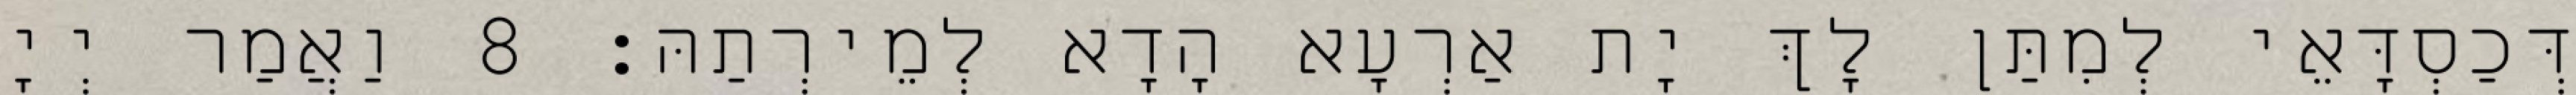
דְּכַסְדָּאֵי לְמִתַּן לָךְ יָת אַרְעָא הָדָא לְמֵירְתַהּ׃ 8 וַאֲמַר יְיָ